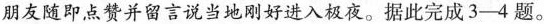
朋友随即点赞并留言说当地刚好进入极夜。据此完成3-4题。